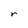
Character: r